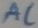
Text: AC